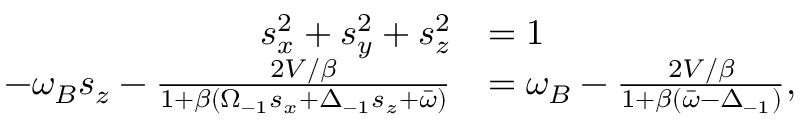
\begin{array} { r l } { s _ { x } ^ { 2 } + s _ { y } ^ { 2 } + s _ { z } ^ { 2 } } & { = 1 } \\ { - \omega _ { B } s _ { z } - \frac { 2 V / \beta } { 1 + \beta ( \Omega _ { - 1 } s _ { x } + \Delta _ { - 1 } s _ { z } + \bar { \omega } ) } } & { = \omega _ { B } - \frac { 2 V / \beta } { 1 + \beta ( \bar { \omega } - \Delta _ { - 1 } ) } , } \end{array}